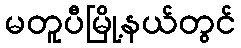
မတူပီမြို့နယ်တွင်